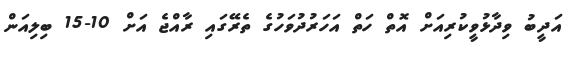
އަދީބު ވިދާޅުވީކުރިއަށް އޮތް ހަތް އަހަރުދުވަހުގެ ތެރޭގައި ރާއްޖެ އަށް 10-15 ބިލިއަން